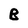
Character: B